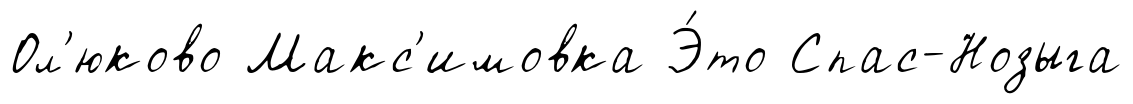
Ол'юково Макс'имовка Э́то Спас-Нозыга